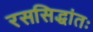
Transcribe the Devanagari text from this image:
रससिद्धांतः